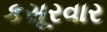
કસૂરવાર